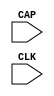
module CAPTURE_SPARTAN3 (CAP, CLK);

    input  CAP, CLK;

    parameter ONESHOT = "FALSE";

endmodule